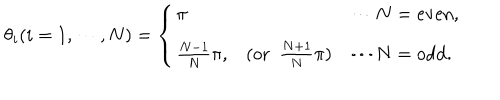
LaTeX: \theta _ { i } ( i = 1 , \cdots , N ) = \left\{ \begin{array} { l c l } { { \pi } } & { { } } & { { \cdots N = \mathrm { e v e n } , } } \\ { { { \frac { N - 1 } { N } } \pi , } } & { { ( \mathrm { o r } ~ ~ { \frac { N + 1 } { N } } \pi ) } } & { { \cdots N = \mathrm { o d d } . } } \\ \end{array} \right.